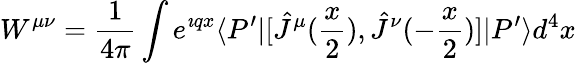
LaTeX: W^{\mu\nu}=\frac{1}{4\pi}\int e^{\imath qx}\langle P^{\prime}|[{\hat{J}}^{\mu}(\frac{x}{2}),{\hat{J}}^{\nu}(-\frac{x}{2})]|P^{\prime}\rangle d^{4}x